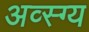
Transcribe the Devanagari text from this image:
अव्स्ग्य